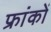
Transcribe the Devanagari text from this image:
फ्रांकों